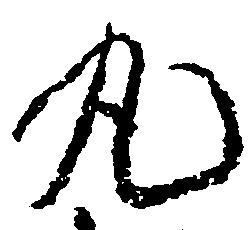
丸